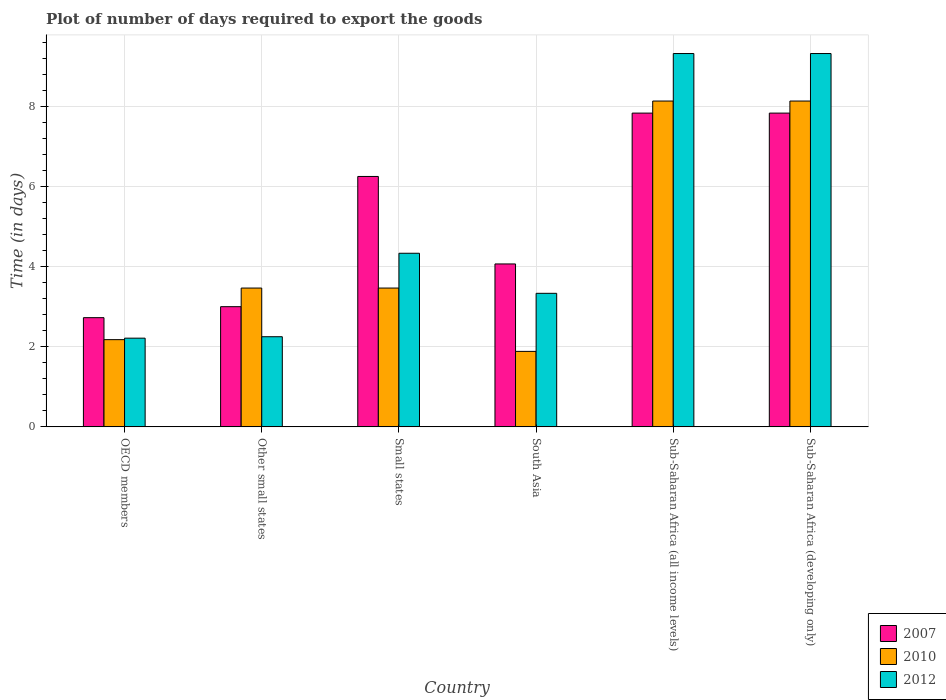
| Country | 2007 | 2010 | 2012 |
 | --- | --- | --- | --- |
 | OECD members | 2.73 | 2.18 | 2.21 |
 | Other small states | 3 | 3.46 | 2.25 |
 | Small states | 6.25 | 3.46 | 4.33 |
 | South Asia | 4.07 | 1.88 | 3.33 |
 | Sub-Saharan Africa (all income levels) | 7.83 | 8.13 | 9.32 |
 | Sub-Saharan Africa (developing only) | 7.83 | 8.13 | 9.32 |